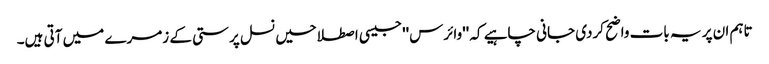
تاہم ان پر یہ بات واضح کردی جانی چاہیے کہ ''وائرس'' جیسی اصطلاحیں نسل پرستی کے زمرے میں آتی ہیں۔